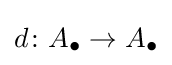
d\colon A_{\bullet }\to A_{\bullet }